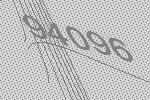
94096